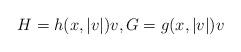
LaTeX: \begin{align*}H=h(x,|v|)v,G= g(x,|v|)v\end{align*}